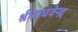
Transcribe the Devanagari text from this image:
श्रीराघवेन्द्र